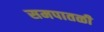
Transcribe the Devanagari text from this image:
समपातळी